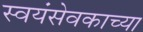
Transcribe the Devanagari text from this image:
स्वयंसेवकाच्या